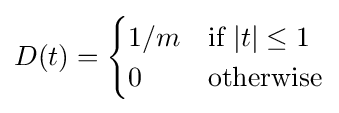
D(t)={\begin{cases}1/m&{\text{if }}|t|\leq 1\\0&{\text{otherwise}}\end{cases}}